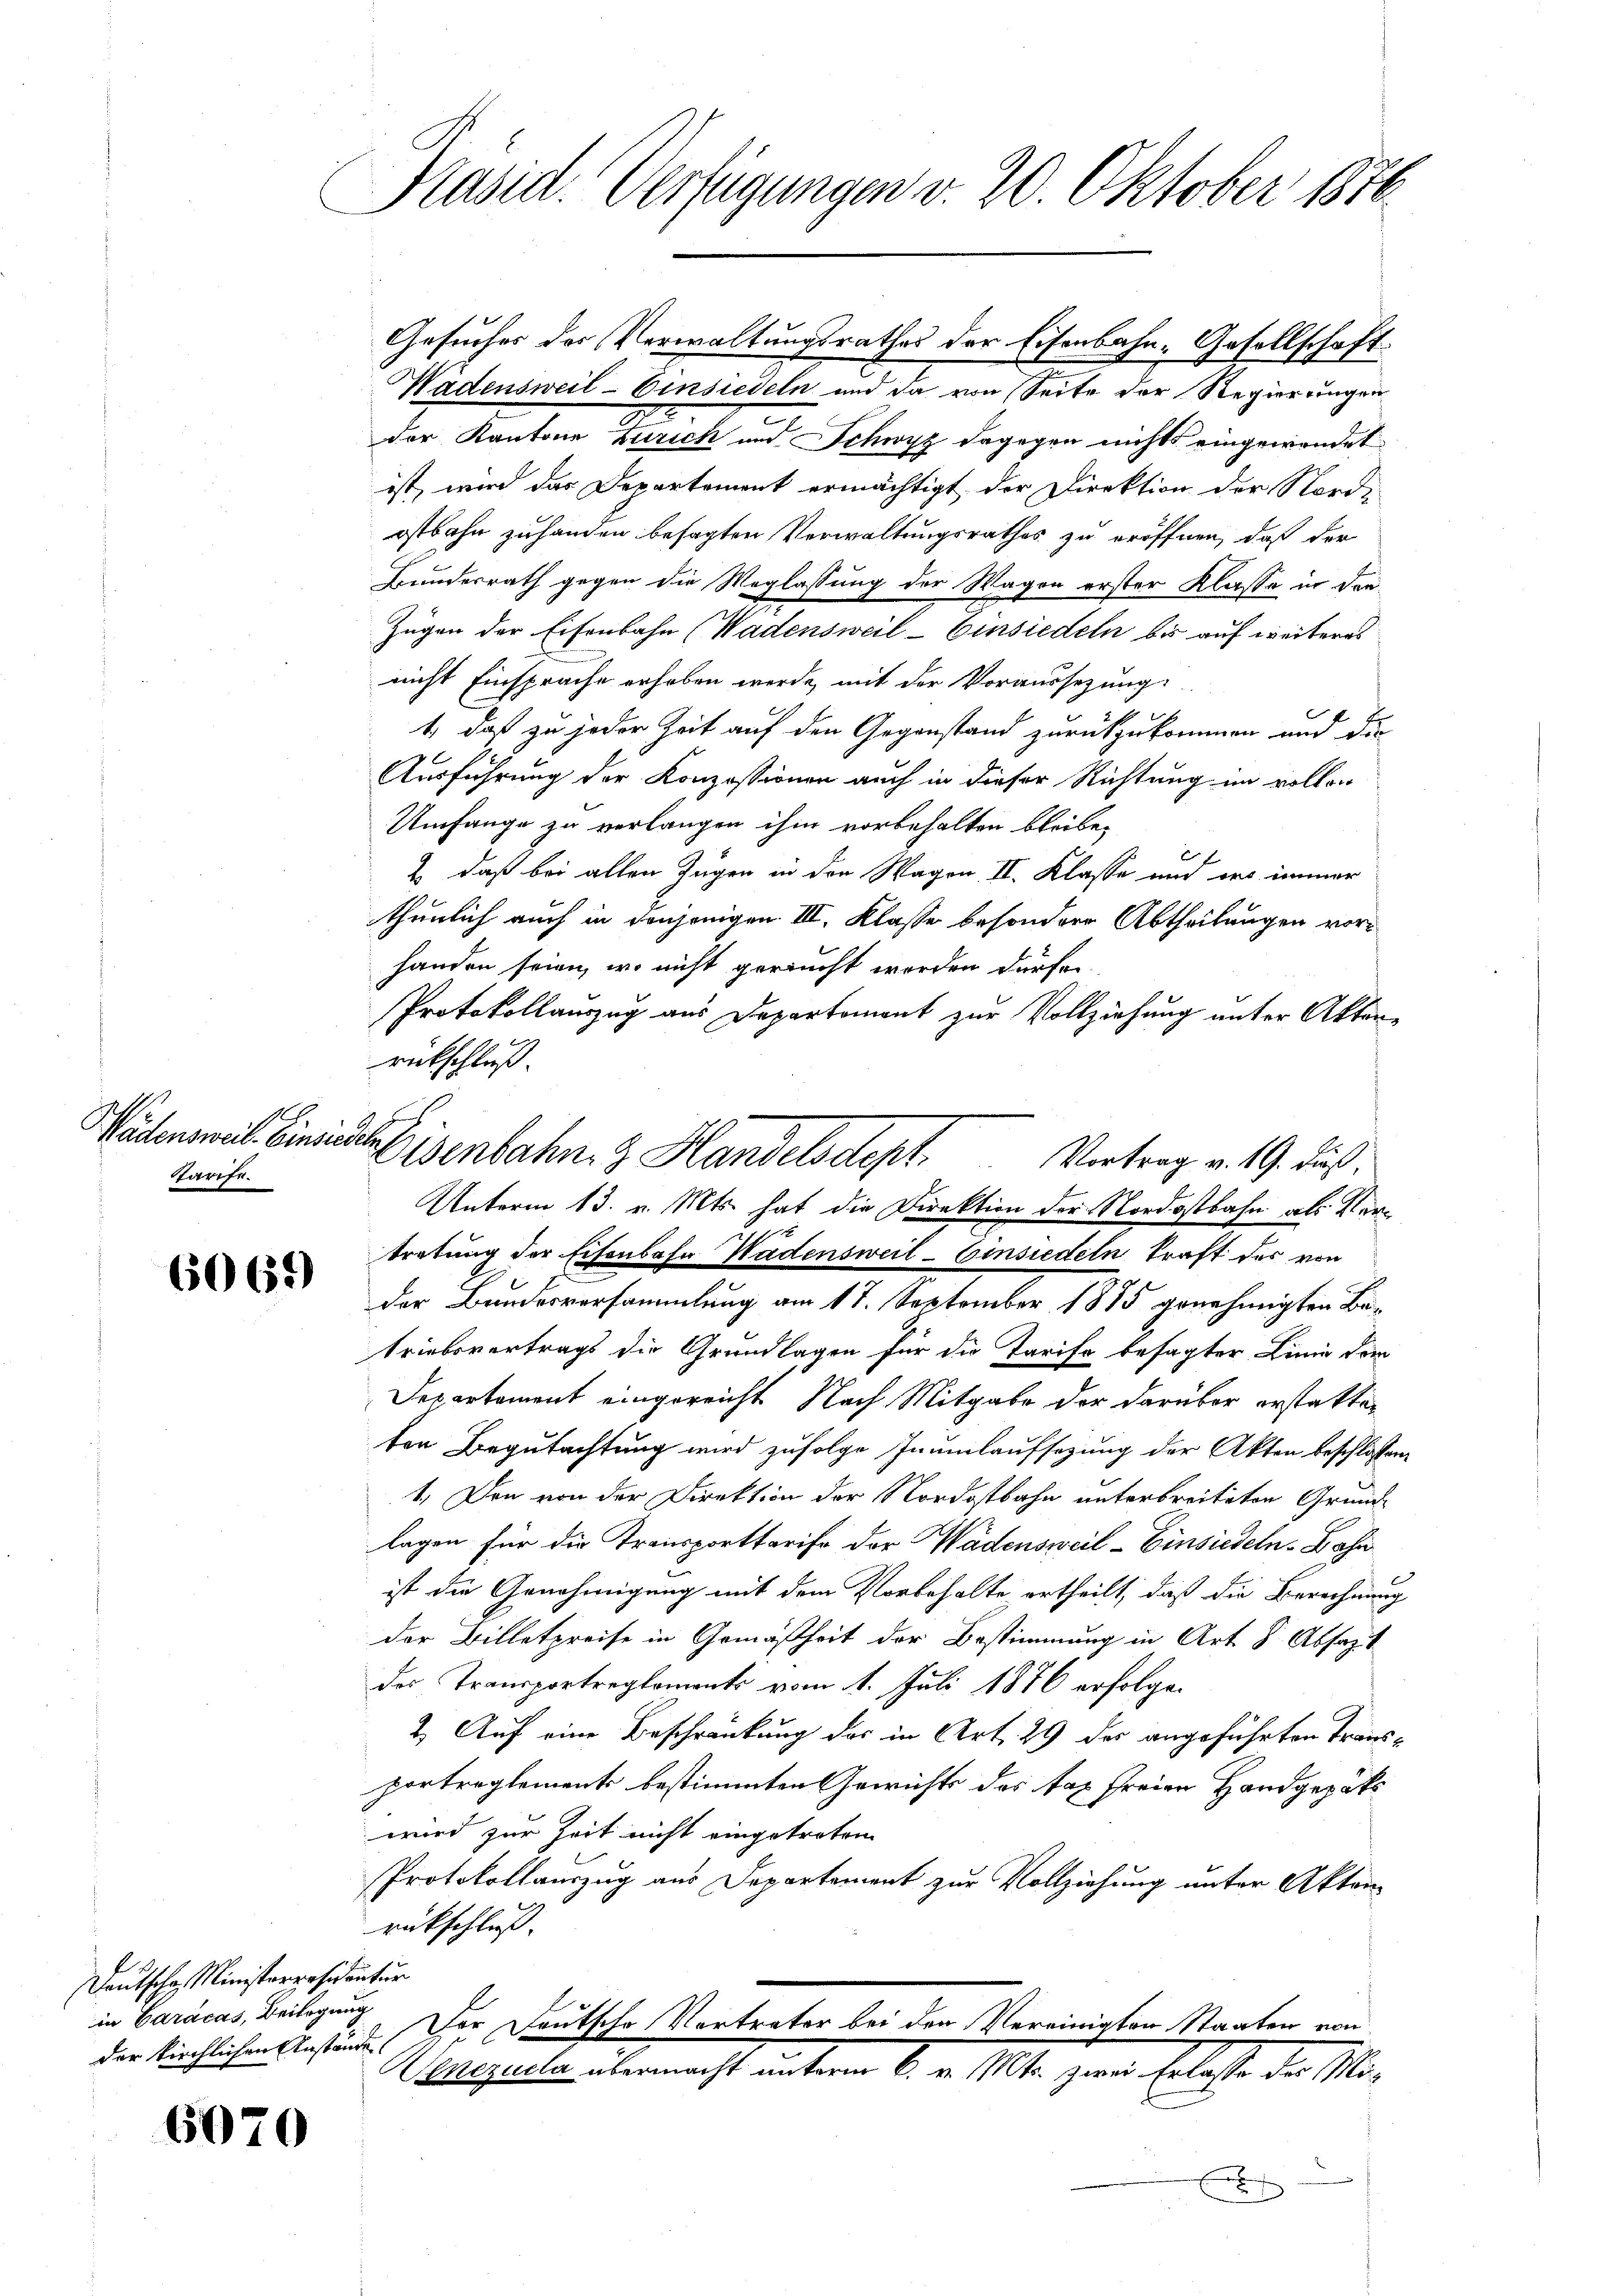
Tarife.

6069)

Deutsche Ministerresidentur
in Caracas, Beitigung
der kirchlichen Anstände

6070

Präsid. Verfügungen v. 20. Oktober 1870

Gesuches der Verwaltungsrathes der Eisenbahn-Gesellschaft
Wädensweil–Einsiedeln und da von Seite der Regierungen
der Kantone Zürich und Schwyz dagegen nichts eingewendet
ist, wird das Departement ermächtigt der Direktion der Nord-
ostbahn zuhanden besagten Verwaltungsrathes zu eröffnen, daß der
Bundesrath gegen die Weglassung der Wagen erster Klasse in den
Zügen der Eisenbahn (Wadensweil–Einsiedeln bis auf weiteres
nicht Einsprache erhoben werde, mit der Voraussezung
1 daß zu jeder Zeit auf den Gegenstand zurückzukommen und die
Ausführung der Konzessionen auch in dieser Richtung im vollen
Umfange zu verlangen ihm vorbehalten bleibe,
2. daß bei allen Zügen in den Wagen II. Klasse und des immer
thunlich auch in denjenigen III. Klasse besondere Abtheilungen vorhanden seien, wo nicht geraucht werden dürfe.
Protokollauszug aus Departement zur Vollziehung unter Aktenrückschluß.
Unterm 13. v. Mts. hat die Direktion der Nordostbahn als Vertretung der Eisenbahn Wädensweil–Einsiedeln kraft des von
der Bundesversammlung am 17. September 1815 genehmigten Betriebsvertrags die Grundlagen für die Tarife besagter Linie vom
Departement eingereicht Nach Mitgabe der darüber erstatten
ten Begutachtung wird zufolge Inumlaufsetzung der Akten beschlossen:
1.) Den von der Direktion der Nordostbahn unterbreiteten Grundlagen für die Transporttarife der Wadensweil–Einsiedeln. Bahn
ist die Genehmigung mit dem Vorbehalte ertheilt, daß die Berechnung
der Willetpreise in Gemäßheit der Bestimmung in Art. 8 Absazit
der Transportreglements vom 1. Juli 1876 erfolge.
2.) Auf eine Beschränkung des in Art. 29 der angeführten Transportreglements bestimmten Gewichts des das freien Handgeräts
wird zur Zeit nicht eingetreten
Protokollauszug aus Departement zur Vollziehung unter Aktenrückschluß.
Der Deutsche Vertreter bei den Vereinigten Staaten von
registen über nicht unterm 6. v. 100. zur Erblehe der Ma¬

Wädensel Einsich Eisenbahn. Handelsdept. Vortrag v. 19. Fuß.

f